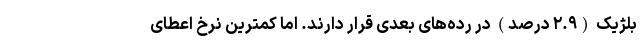
بلژیک (۲.۹ درصد) در رده‌های بعدی قرار دارند. اما کمترین نرخ اعطای